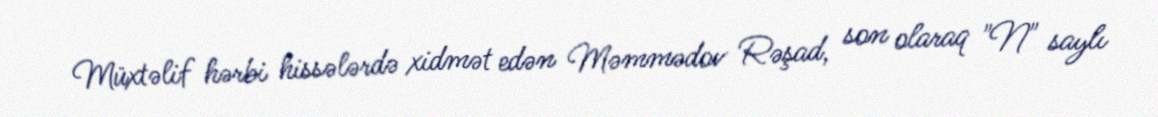
Müxtəlif hərbi hissələrdə xidmət edən Məmmədov Rəşad, son olaraq "N" saylı